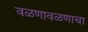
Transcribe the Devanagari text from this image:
वळणावळणाचा